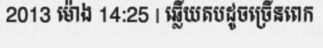
2013 ម៉ោង 14:25 | ឆ្លើយតបដូចច្រើនពេក